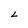
Character: L